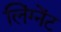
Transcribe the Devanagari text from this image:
लिंग्नेंट